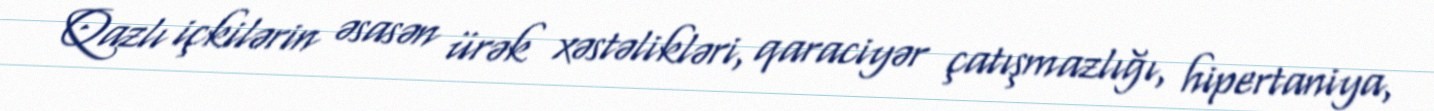
Qazlı içkilərin əsasən ürək xəstəlikləri, qaraciyər çatışmazlığı, hipertaniya,